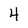
Character: 4